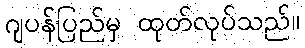
ဂျပန်ပြည်မှ ထုတ်လုပ်သည်။